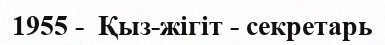
1955 -  Қыз-жігіт - секретарь